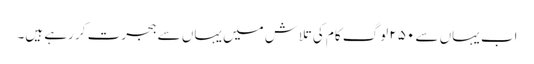
اب یہاں سے ۲۵۰ لوگ کام کی تلاش میں یہاں سے ہجرت کر رہے ہیں۔